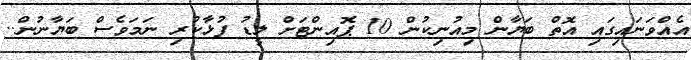
އެއްވަނައިގައި އޮތް ބަޔާން މިއުނިކުން 10 ޕޮއިންޓަށް ލީޑު ފުޅާކުރި ނަމަވެސް ބަޔާނުން..